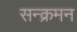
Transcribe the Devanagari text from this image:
सन्क्रमन